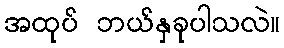
အထုပ် ဘယ်နှခုပါသလဲ။